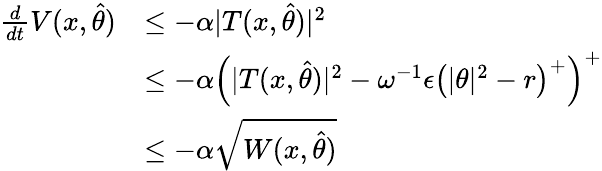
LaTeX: \begin{array}{rl}{\frac{d}{dt}V(x,\hat{\theta})}&{\leq-\alpha\vert T(x,\hat{\theta})\vert^{2}}\\ &{\leq-\alpha\left(\vert T(x,\hat{\theta})\vert^{2}-\omega^{-1}\epsilon\left(\vert\theta\vert^{2}-r\right)^{+}\right)^{+}}\\ &{\leq-\alpha\sqrt{W(x,\hat{\theta})}}\end{array}